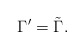
\begin{align*}\Gamma^\prime=\tilde\Gamma.\end{align*}